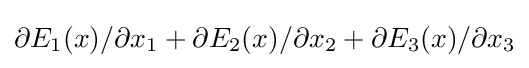
\partial E_{1}(x)/\partial x_{1}+\partial E_{2}(x)/\partial x_{2}+\partial E_{3}(x)/\partial x_{3}